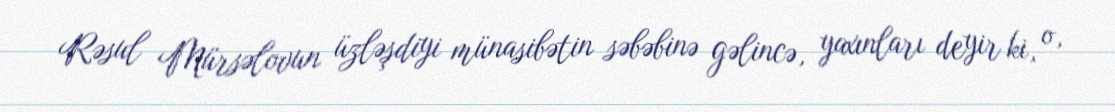
Rəsul Mürsəlovun üzləşdiyi münasibətin səbəbinə gəlincə, yaxınları deyir ki, o,